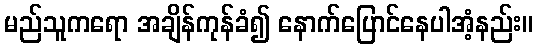
မည်သူကရော အချိန်ကုန်ခံ၍ နောက်ပြောင်နေပါအံ့နည်း။